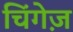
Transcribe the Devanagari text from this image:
चिंगेज़